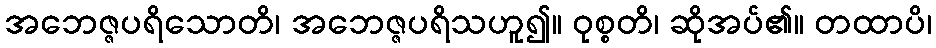
အဘေဇ္ဇပရိသောတိ၊ အဘေဇ္ဇပရိသဟူ၍။ ဝုစ္စတိ၊ ဆိုအပ်၏။ တထာပိ၊